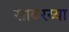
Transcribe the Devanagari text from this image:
सावरय्या